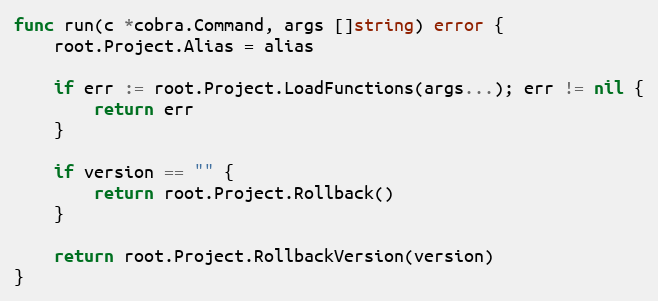
Language: Go
func run(c *cobra.Command, args []string) error {
	root.Project.Alias = alias

	if err := root.Project.LoadFunctions(args...); err != nil {
		return err
	}

	if version == "" {
		return root.Project.Rollback()
	}

	return root.Project.RollbackVersion(version)
}